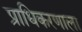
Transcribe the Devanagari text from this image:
प्राधिकरणाला